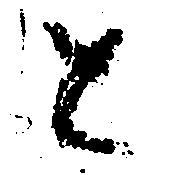
と